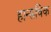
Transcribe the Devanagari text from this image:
हान्सविक